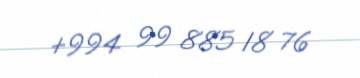
+994 99 885 18 76